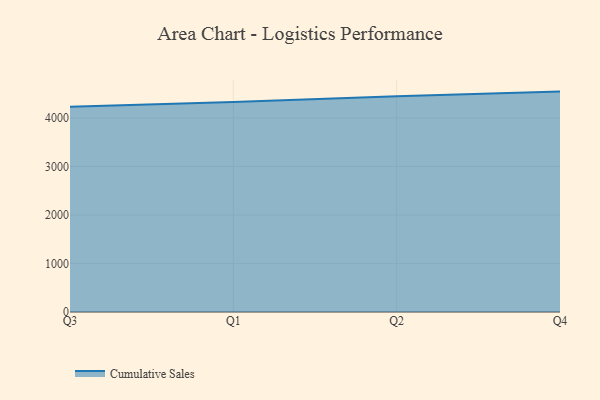
{"axis": {"x": "Quarter", "y": "Churn Rate (%)"}, "legend": ["Cumulative Sales"], "data": [{"x": "Q3", "y": 4230.8, "type": "Cumulative Sales"}, {"x": "Q1", "y": 4328.5, "type": "Cumulative Sales"}, {"x": "Q2", "y": 4445.8, "type": "Cumulative Sales"}, {"x": "Q4", "y": 4542.7, "type": "Cumulative Sales"}]}